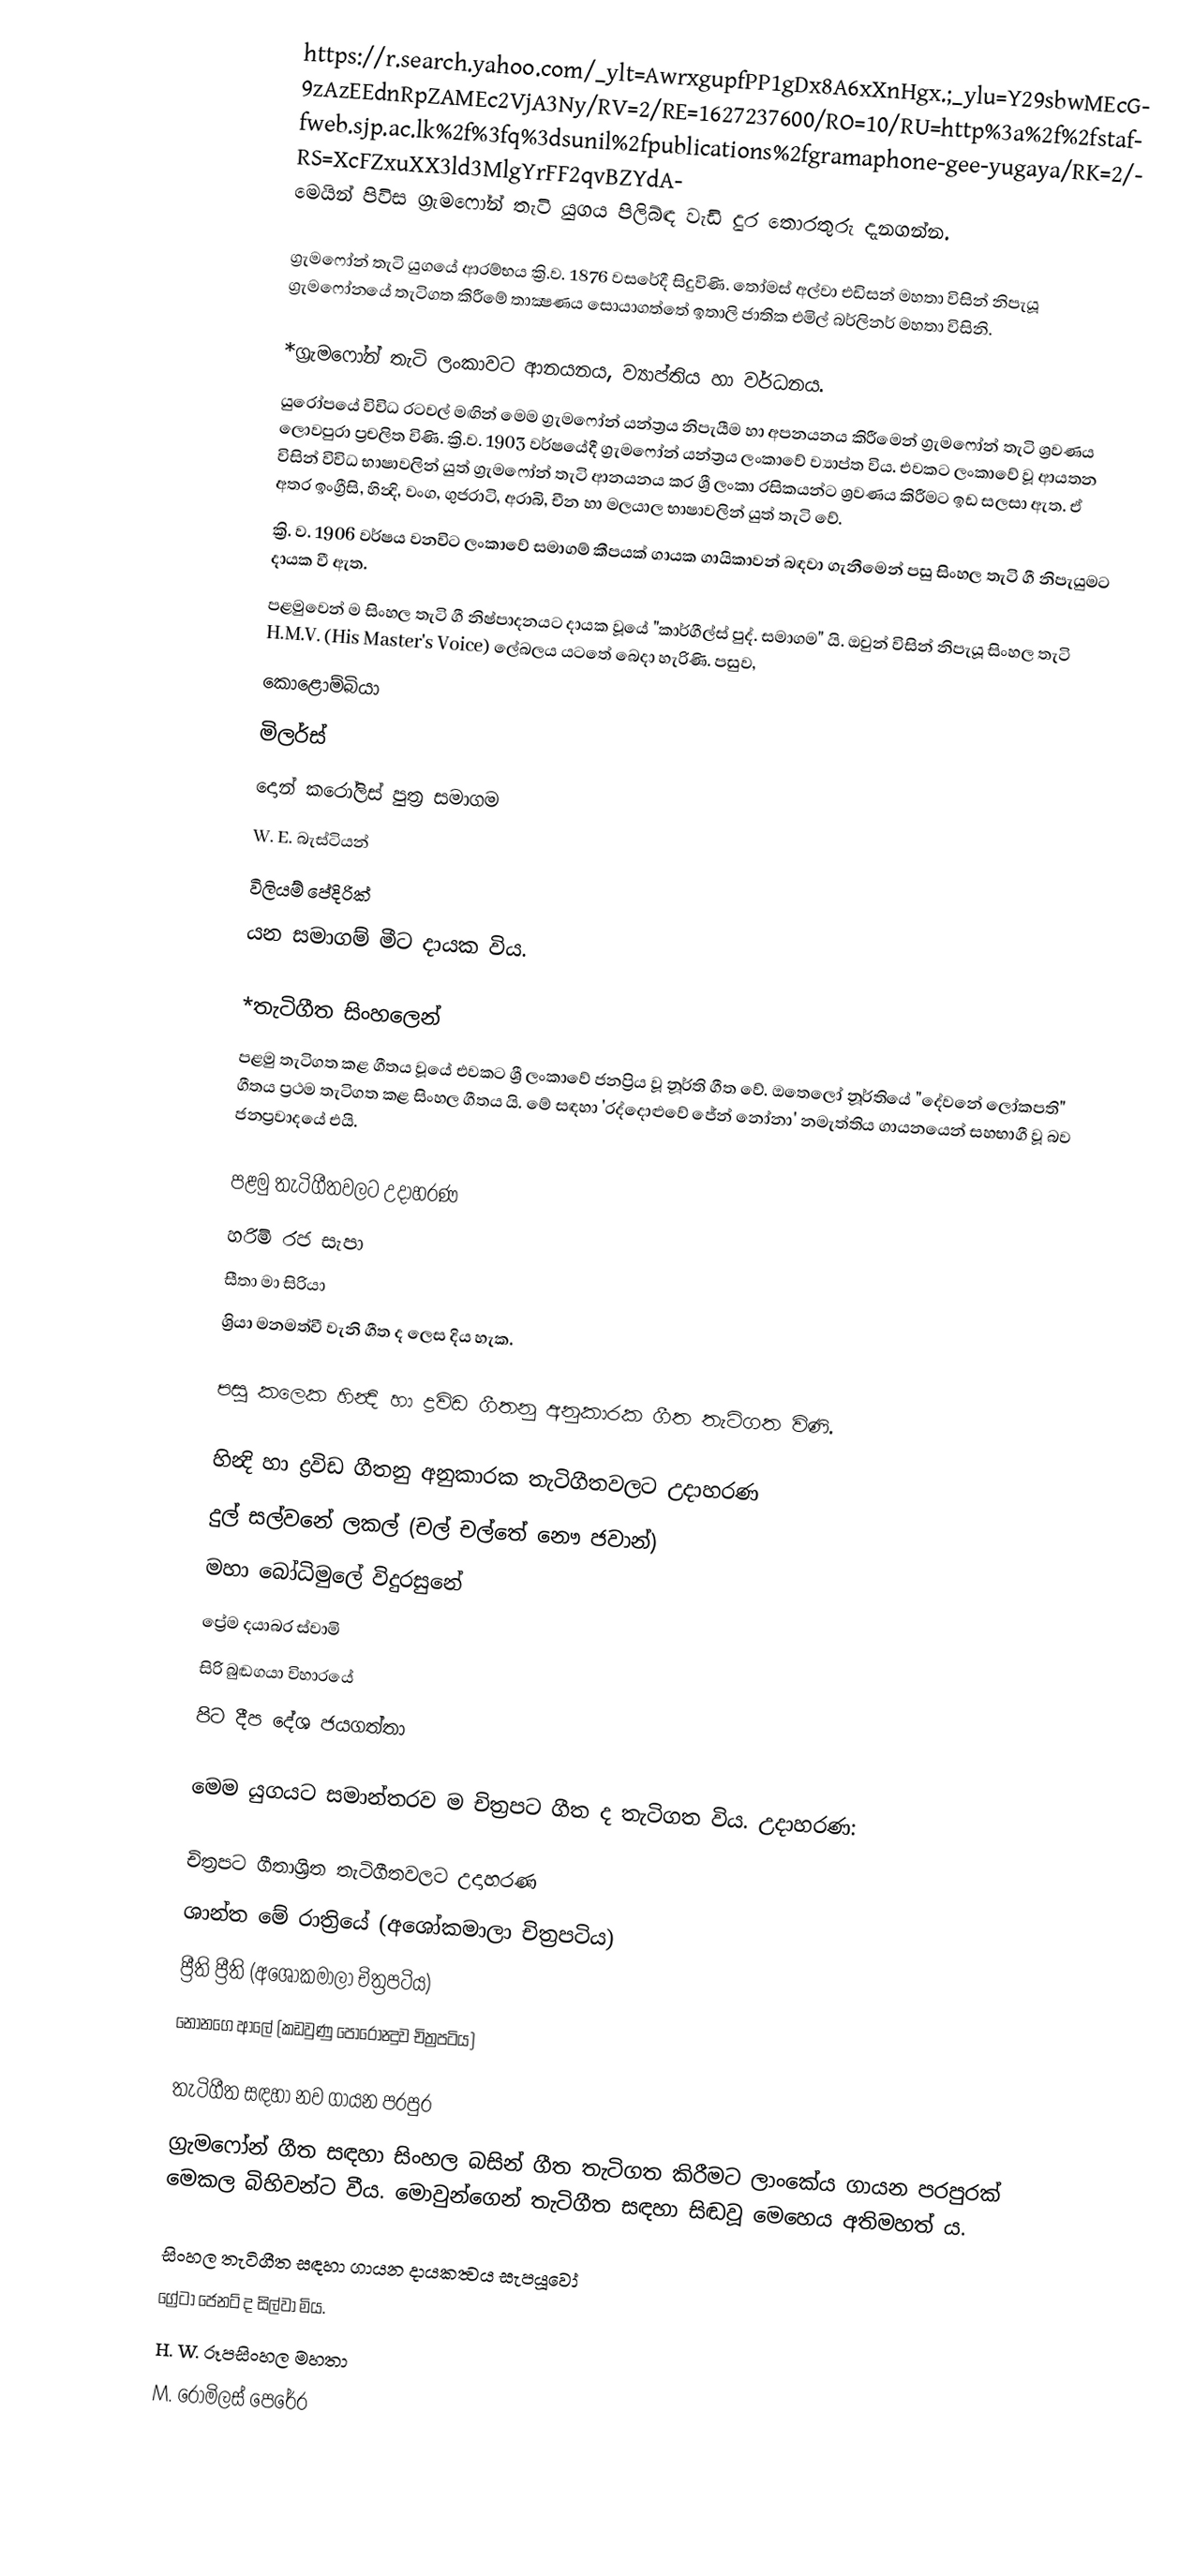
https://r.search.yahoo.com/_ylt=AwrxgupfPP1gDx8A6xXnHgx.;_ylu=Y29sbwMEcG9zAzEEdnRpZAMEc2VjA3Ny/RV=2/RE=1627237600/RO=10/RU=http%3a%2f%2fstaffweb.sjp.ac.lk%2f%3fq%3dsunil%2fpublications%2fgramaphone-gee-yugaya/RK=2/RS=XcFZxuXX3ld3MlgYrFF2qvBZYdA- මෙයින් පිවිස ග්‍රැමෆෝන් තැටි යුගය පිලිබ්ඳ වැඩි දුර තොරතුරු දැනගන්න.

ග්‍රැමෆෝන් තැටි යු‍ගයේ ආරම්භය ක්‍රි.ව. 1876 වසරේදී සිදුවිණි. තෝමස් අල්වා එඩිසන් මහතා විසින් නිපැයූ ග්‍රැමෆෝනයේ තැටිගත කිරීමේ තාක්‍ෂණය සොයාගත්තේ ඉතාලි ජාතික එමිල් බර්ලිනර් මහතා විසිනි.

*ග්‍රැමෆෝන් තැටි ලංකාවට ආනයනය, ව්‍යාප්තිය හා වර්ධනය.
යුරෝපයේ විවිධ රටවල් මඟින් මෙම ග්‍රැමෆෝන් යන්ත්‍රය නිපැයීම හා අපනයනය කිරීමෙන් ග්‍රැමෆෝන් තැටි ශ්‍රවණය ලොවපුරා ප්‍රචලිත විණි. ක්‍රි.ව. 1903 වර්ෂයේදී ග්‍රැමෆෝන් යන්ත්‍රය ලංකාවේ ව්‍යාප්ත විය. එවකට ලංකාවේ වූ ආයතන විසින් විවිධ භාෂාවලින් යුත් ග්‍රැමෆෝන් තැටි ආනයනය කර ශ්‍රී ලංකා රසිකයන්ට ශ්‍රවණය කිරීමට ඉඩ සලසා ඇත. ඒ අතර ඉංග්‍රීසි, හින්‍දි, වංග, ගුජරාටි, අරාබි, චීන හා මලයාල භාෂාවලින් යුත් තැටි වේ.
ක්‍රි. ව. 1906 වර්ෂය වනවිට ලංකාවේ සමාගම් කීපයක් ගායක ගායිකාවන් බඳවා ගැනීමෙන් පසු සිංහල තැටි ගී නිපැයුමට දායක වී ඇත.
පළමුවෙන් ම සිංහල තැටි ගී නිෂ්පාදනයට දායක වූයේ "කාර්ගීල්ස් පුද්. සමාගම" යි. ඔවුන් විසින් නිපැයූ සිංහල තැටි H.M.V. (His Master's Voice) ලේබලය යටතේ බෙදා හැරිණි. පසුව,
 කොළොම්බියා
 මිලර්ස්
 දොන් කරෝලිස් පුත්‍ර සමාගම
 W. E. බැස්ටියන්
විලියම් පේදිරික්
යන සමාගම් මීට දායක විය.

*තැටිගීත සිංහලෙන්
පළමු තැටිගත කළ ගීතය වූයේ එවකට ශ්‍රී ලංකාවේ ජනප්‍රිය වූ නූර්ති ගීත වේ. ඔතෙලෝ නූර්තියේ "දේවනේ ලෝකපති" ගීතය ප්‍රථම තැටිගත කළ සිංහල ගීතය යි. මේ සඳහා 'රද්දොළුවේ ජේන් නෝනා' නමැත්තිය ගායනයෙන් සහභාගී වූ බව ජනප්‍රවාදයේ එයි.

පළමු තැටිගීතවලට උදාහරණ
 හරිමි රජ සැපා
 සීතා මා සිරියා
 ශ්‍රියා මනමත්වී වැනි ගීත ද  ලෙස දිය හැක.

පසු කලෙක හින්‍දි හා ද්‍රවිඩ ගීතනු අනුකාරක ගීත තැටිගත විණි.

හින්‍දි හා ද්‍රවිඩ ගීතනු අනුකාරක තැටිගීතවලට උදාහරණ
 දුල් සල්වනේ ලකල් (චල් චල්තේ නෞ ජවාන්)
 මහා බෝධිමුලේ විදුරසුනේ
 ප්‍රේම දයාබර ස්‍වාමි
 සිරි බුඬගයා විහාරයේ
 පිට දීප දේශ ජයගත්තා

මෙම යුගයට සමාන්තරව ම චිත්‍රපට ගීත ද තැටිගත විය. උදාහරණ:

චිත්‍රපට ගීතාශ්‍රිත තැටිගීතවලට උදාහරණ
 ශාන්ත මේ රාත්‍රියේ (අශෝකමාලා චිත්‍රපටිය)
 ප්‍රීති ප්‍රීති (අශෝකමාලා චිත්‍රපටිය)
 නෝනගෙ ආලේ (කඩවුණු පොරොන්‍දුව චිත්‍රපටිය)

තැටිගීත සඳහා නව ගායන පරපුර
ග්‍රැමෆෝන් ගීත සඳහා සිංහල බසින් ගීත තැටිගත කිරීමට ලාංකේය ගායන පරපුරක් මෙකල බිහිවන්ට වීය. මොවුන්ගෙන් තැටිගීත සඳහා සිඬවූ මෙහෙය අතිමහත් ය.

සිංහල තැටිගීත සඳහා ගායන දායකත්‍වය සැපයූවෝ
 ග්‍රේටා ජෙනට් ද සිල්වා මිය.
 H. W. රූපසිංහල මහතා
 M. රොමිලස් පෙරේර